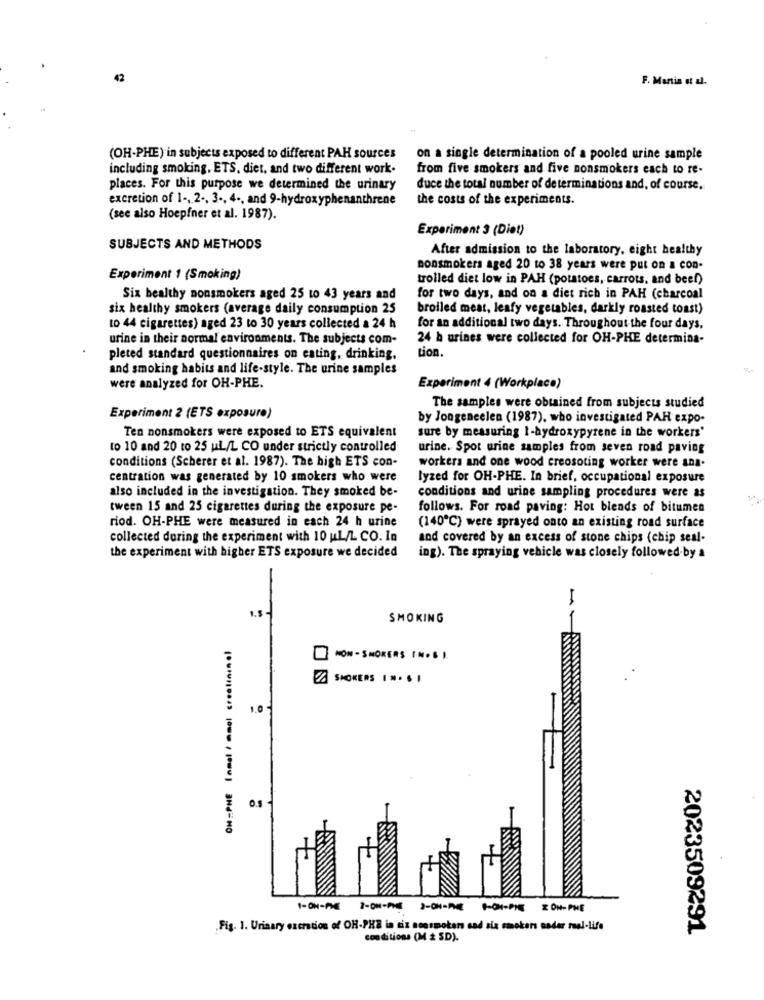
42
F. Martin et al.
(OH-PHE) in subjects exposed to different PAH sources
on a single determination of a pooled urine sample
including smoking, ETS, diet, and two different work.
from five smokers and five nonsmokers each to re-
places. For this purpose we determined the urinary
duce the total number of determinations and, of course.
excretion of 1 -, 2 ., 3 -, 4 -, and 9-hydroxyphenanthrene
the costs of the experiments.
(see also Hoepfner et al. 1987).
Experiment 3 (Diet)
SUBJECTS AND METHODS
After admission to the laboratory, eight healthy
nonsmokers aged 20 to 38 years were put on a con.
Experiment 1 (Smoking)
trolled diet low in PAH (potatoes, carrots, and beef)
Six bealthy nonsmokers aged 25 to 43 years and
for two days, and on a diet rich in PAH (charcoal
six healthy smokers (average daily consumption 25
broiled meat, leafy vegetables, darkly roasted toast)
to 44 cigarettes) aged 23 to 30 years collected a 24 h
for an additional two days. Throughout the four days.
urine in their normal environments. The subjects com-
24 h urines were collected for OH-PHE determina-
tion.
pleted standard questionnaires on eating, drinking.
and smoking habits and life-style. The urine samples
were analyzed for OH-PHE.
Experiment 4 (Workplace)
The samples were obtained from subjects studied
Experiment 2 (ETS exposure)
by Jongeneelen (1987), who investigated PAH expo-
Ten nonsmokers were exposed to ETS equivalent
sure by measuring I-hydroxypyrene in the workers'
to 10 and 20 to 25 ui/L CO under strictly controlled
urine. Spot urine samples from seven road paving
conditions (Scherer et al. 1987). The high ETS con-
workers and one wood creosoting worker were ans.
centration was generated by 10 smokers who were
lyzed for OH-PHE. In brief, occupational exposure
also included in the investigation. They smoked be-
conditions and urine sampling procedures were as
tween 15 and 25 cigarettes during the exposure pe-
follows. For road paving: Hot blends of bitumen
riod. OH-PHE were measured in each 24 h urine
(140℃) were sprayed onto an existing road surface
collected during the experiment with 10 uL/L CO. In
and covered by an excess of stone chips (chip seal-
the experiment with higher ETS exposure we decided
ing). The spraying vehicle was closely followed by a
SMOKING
OH =PHE Inmal / mmol creatininel
NON- SMOKERS F.N. S ).
SMOKERS IN . . I
1.0 -
0.5
1-ON-PME
1-OHI-PIE
X ON- PHE
„Fig. 1. Urinary excretion of OH-PHE in siz nonsmokers cad sia smokers nader real-Life
2023509291
conditions (M + SD).